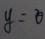
y = 0